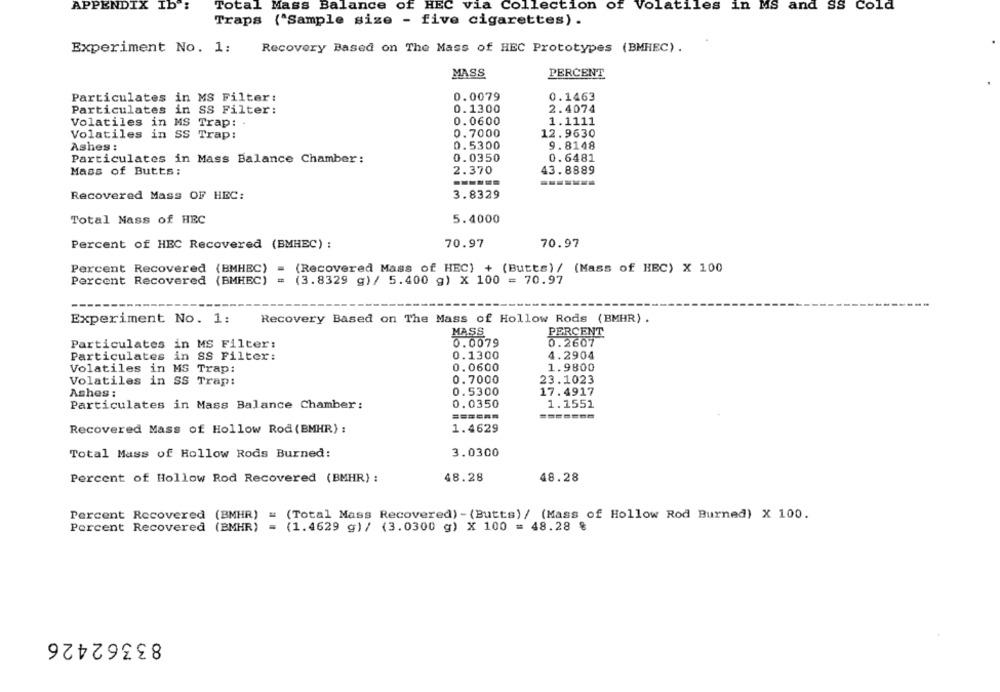
APPENDIX Ib :
Total Mass
Balance of HEC via Collection of Volatiles in MS and SS Cold
Traps ("Sample size - five cigarettes) .
Experiment No. 1:
Recovery Based on The Mass of HEC Prototypes (BMHEC) .
MASS
PERCENT
Particulates in MS Filter:
0.0079
0.1463
Particulates in SS Filter:
0.1300
2.4074
Volatiles in MS Trap: .
0.0600
1.1111
Volatiles in SS Trap:
0.7000
12.9630
0.5300
9.8148
Ashes :
Particulates in Mass Balance Chamber:
0.0350
0.6481
Mass of Butts:
2.370
43. 8889
Recovered Mass OF HEC:
3.8329
Total Mass of HEC
5.4000
Percent of HEC Recovered (BMHEC) :
70.97
70.97
Percent Recovered (BMHEC)
= (Recovered Mass of HEC) + (Butts) / (Mass of HEC) X 100
Percent Recovered (BMHBC)
(3.8329 g)/ 5.400 g) X 100 = 70.97
Experiment No. 1:
Recovery Based on The Mass of Hollow Rods (BMHR) .
PERCENT
MASS
Particulates in MS Filter:
0.0079
0.2607
Particulates in SS Filter:
0.1300
4.2904
0.0600
1.9800
Volatiles in MS Trap:
Volatiles in SS Trap:
0.7000
23.1023
Ashes :
0.5300
17.4917
Particulates in Mass Balance Chamber:
0.0350
1.1551
1.4629
Recovered Mass of Hollow Rod (BMHR) :
Total Mass of Hollow Rods Burned:
3.0300
48.28
48.28
Percent of Hollow Rod Recovered (BMHR) :
Percent Recovered (BMHR)
# (Total Mass Recovered) - (Butts) / (Mass of Hollow Rod Burned) X 100.
Percent Recovered (BMHR)
= (1.4629 g)/ (3.0300 g) X 100 = 48.28 %
83362426